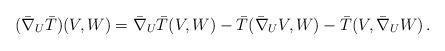
LaTeX: \begin{align*}(\bar \nabla_U\bar T)(V,W)=\bar \nabla_U\bar T(V,W)-\bar T(\bar \nabla_UV,W)-\bar T(V,\bar \nabla_UW)\,.\end{align*}